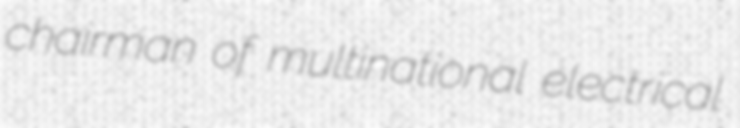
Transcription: chairman of multinational electrical